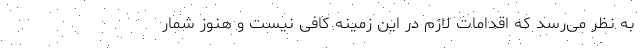
به نظر می‌رسد که اقدامات لازم در این زمینه کافی نیست و هنوز شمار